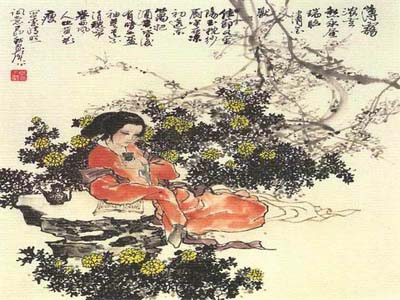
酒醒人静奈愁浓。残灯孤枕梦，轻浪五更风。